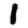
Digit: 1